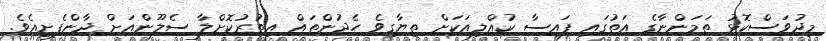
މިދުވަސްކޮޅު ތަމަންނާގެ އަތުގައި ފައިސާ ކުއްލިއަކަށް ތިޔާގިވެ ހެދުންތައް އިތުރުކޮށްލާ ސެލޫންއަށް ދާންފެށިއެވެ.